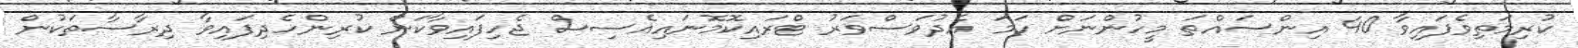
ކުރިމަތިވެފައިވާ 40 އިންސައްތަ މީހުންނަށް ހަމަ އެދުވަސްވަރު ޓްރައިކޮމޮނައިއެސިސް ޖެހިފައިވާކަން ކުރިންހެދިފައިވާ ދިރާސާތަކުން